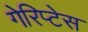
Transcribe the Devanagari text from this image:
गेरिप्टेस